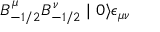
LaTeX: B _ { - 1 / 2 } ^ { \mu } B _ { - 1 / 2 } ^ { \nu } \mid 0 \rangle \epsilon _ { \mu \nu }